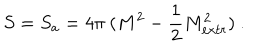
S = S _ { a } = 4 \pi \ ( M ^ { 2 } - { \frac { 1 } { 2 } } M _ { e x t r } ^ { 2 } ) \ .